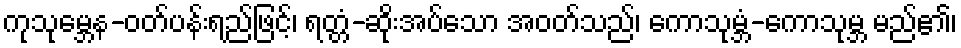
ကုသုမ္ဘေန-ဝတ်ပန်းရည်ဖြင့်၊ ရတ္တံ-ဆိုးအပ်သော အဝတ်သည်၊ ကောသုမ္ဘံ-ကောသုမ္ဘ မည်၏၊